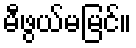
မီဖွယ်မမြင်။